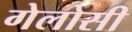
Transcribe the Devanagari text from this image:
गेलोसी